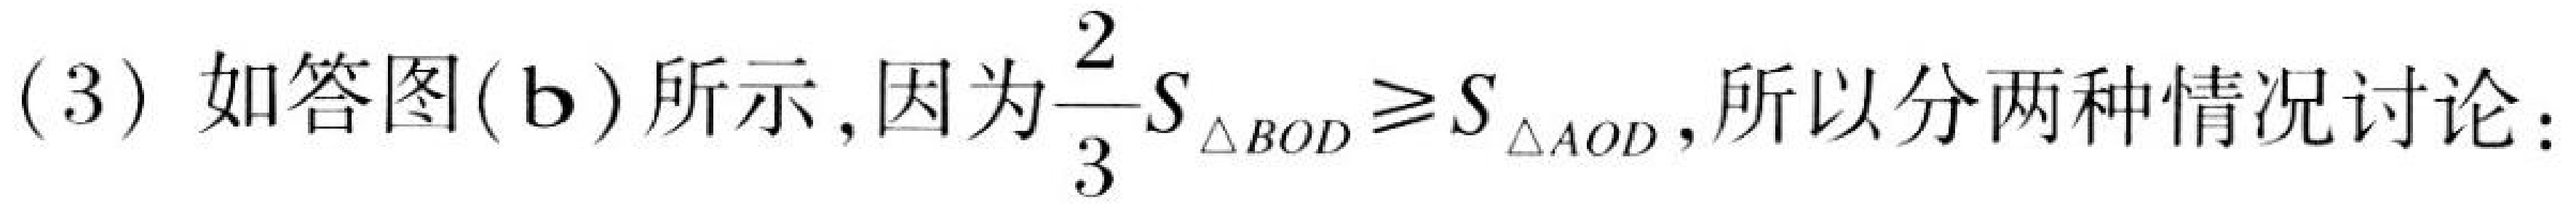
(3) 如答图(b)所示,因为\(\frac{2}{3}S_{\triangle BOD}\geq S_{\triangle AOD}\),所以分两种情况讨论：